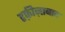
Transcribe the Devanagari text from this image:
हफ़ीज़ाबाद